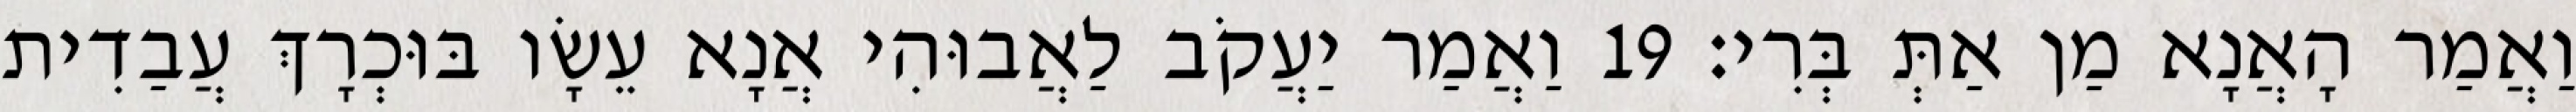
וַאֲמַר הָאֲנָא מַן אַתְּ בְּרִי׃ 19 וַאֲמַר יַעֲקֹב לַאֲבוּהִי אֲנָא עֵשָׂו בּוּכְרָךְ עֲבַדִית